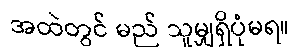
အထဲတွင် မည် သူမျှရှိပုံမရ။